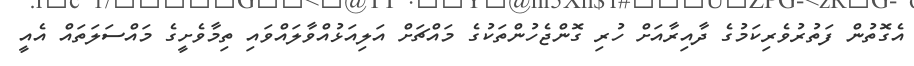
އެގޮތުން ފަތުރުވެރިކަމުގެ ދާއިރާއަށް ހުރި ގޮންޖެހުންތަކުގެ މައްޗަށް އަލިއަޅުއްވާލައްވައި ތިމާވެށީގެ މައްސަލަތައް އެއީ